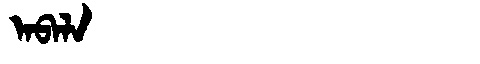
Manchu: ᠠᠪᠠᠯᠠ
Romanization: ABALA